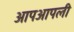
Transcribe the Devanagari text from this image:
आपआपली